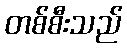
တစ်စီးသည်